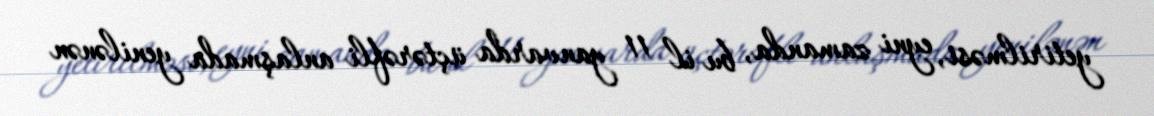
yetirilməsi, eyni zamanda, bu il 11 yanvarda üçtərəfli anlaşmada yenilənən